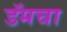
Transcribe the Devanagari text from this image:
डॅमचा